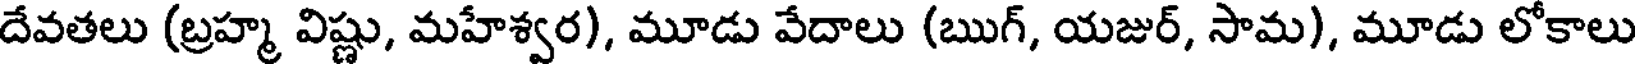
దేవతలు (బ్రహ్మ విష్ణు, మహేశ్వర), మూడు వేదాలు (ఋగ్, యజుర్, సామ), మూడు లోకాలు